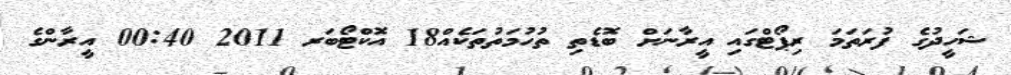
ޝަހީދުގެ ފުރަތަމަ ރިޕޯޓްގައި އީރާނަށް ބޮޑެތި ތުހުމަތުތަކެއް18 އޮކްޓޯބަރ 2011 00:40 އީރާންގެ